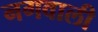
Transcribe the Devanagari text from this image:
नगवाली